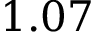
1 . 0 7